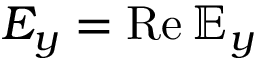
E _ { y } = \mathrm { R e } \, { \mathbb E } _ { y }